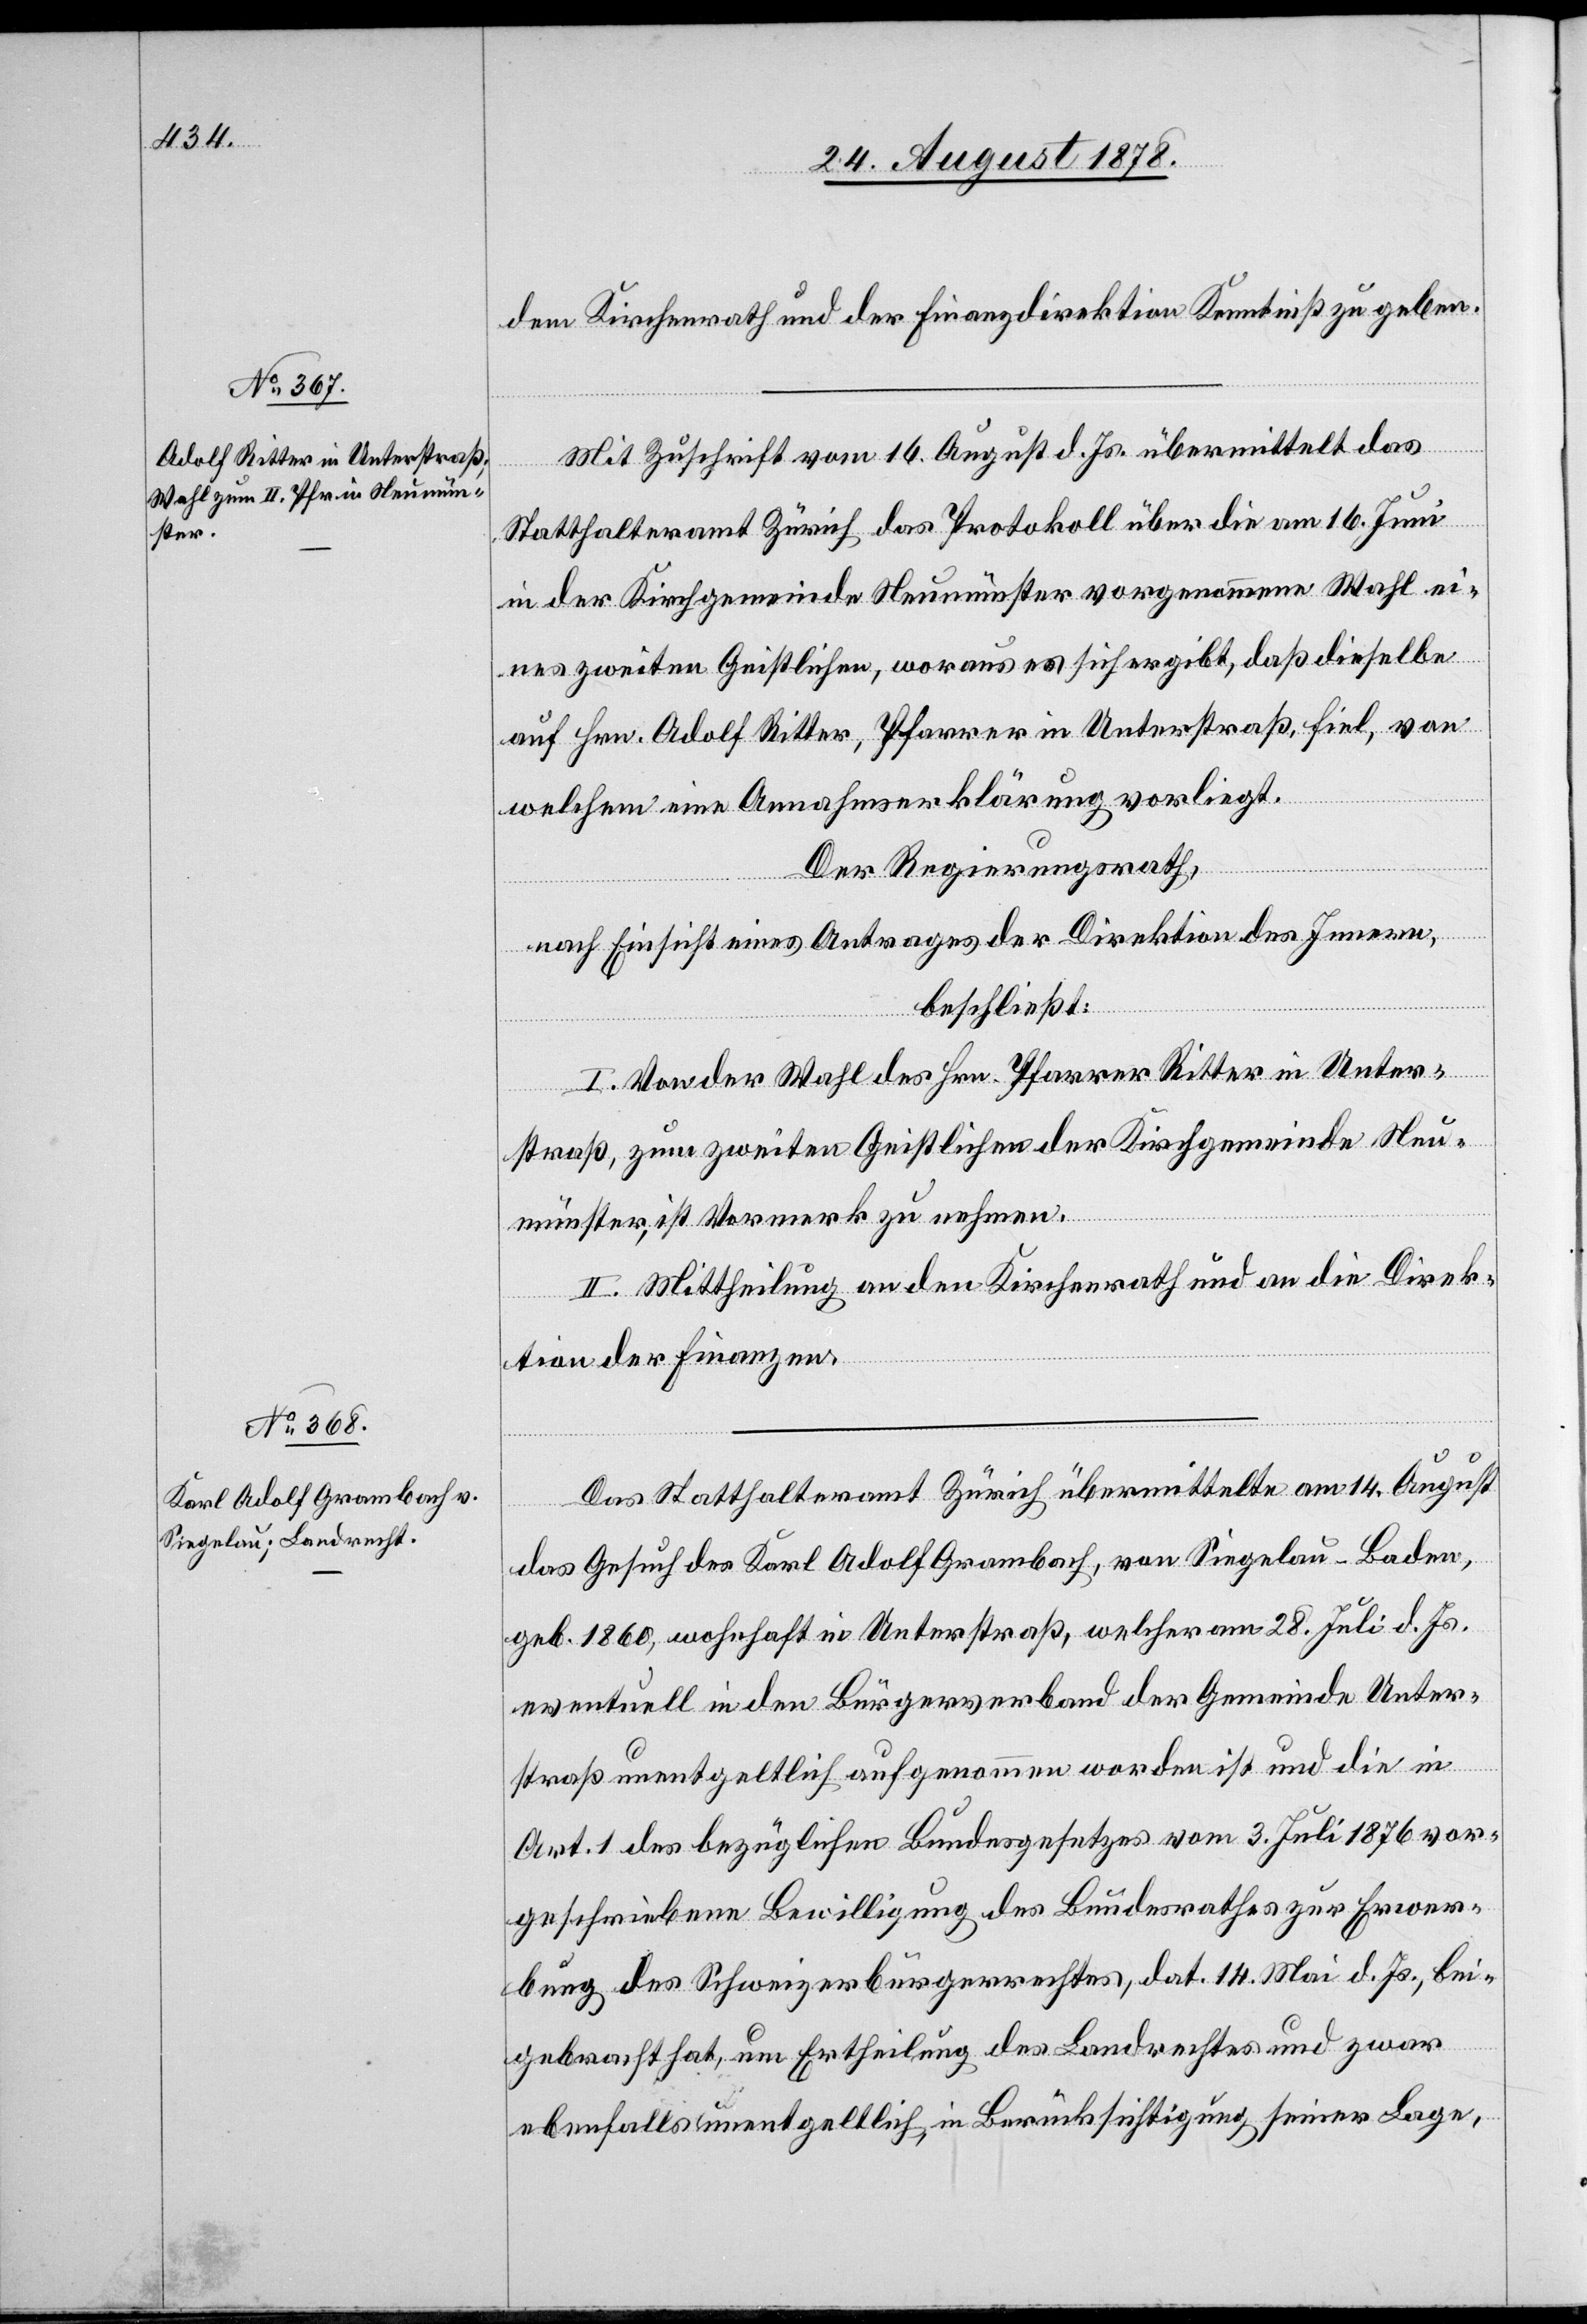
dem Kirchenrath und der Finanzdirektion Kenntniß zu geben.
Mit Zuschrift vom 16. August d. Js. übermittelt das
Statthalteramt Zürich das Protokoll über die am 16. Juni
in der Kirchgemeinde Neumünster vorgenommene Wahl ei¬
nes zweiten Geistlichen, woraus es sich ergibt, daß dieselbe
auf Hrn. Adolf Ritter, Pfarrer in Unterstraß, fiel, von
welchem eine Annahmserklärung vorliegt.
Der Regierungsrath,
nach Einsicht eines Antrages der Direktion des Innern,
beschließt:
I. Von der Wahl des Hrn. Pfarrer Ritter in Unter¬
straß, zum zweiten Geistlichen der Kirchgemeinde Neu¬
münster, ist Vormerk zu nehmen.
II. Mittheilung an den Kirchenrath und an die Direk¬
tion der Finanzen.
Das Statthalteramt Zürich übermittelte am 14. August
das Gesuch des Karl Adolf Grambach, von Siegelau - Baden,
geb. 1860, wohnhaft in Unterstraß, welcher am 28. Juli d. Js.
eventuell in den Bürgerverband der Gemeinde Unter¬
straß unentgeltlich aufgenommen worden ist und die in
Art. 1 des bezüglichen Bundesgesetzes vom 3. Juli 1876 vor¬
geschriebene Bewilligung des Bundesrathes zur Erwer¬
bung des Schweizerbürgerrechtes, dat. 14. Mai d. Js., bei¬
gebracht hat, um Ertheilung des Landrechtes und zwar
ebenfalls unentgeltlich, in Berücksichtigung seiner Lage,